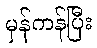
မှန်ကန်ပြီး